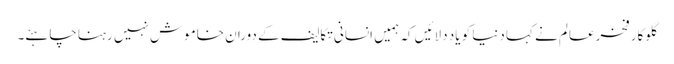
گلوکار فخرعالم نے کہا دنیا کو یاد دلائیں کہ ہمیں انسانی تکالیف کے دوران خاموش نہیں رہنا چاہئے۔